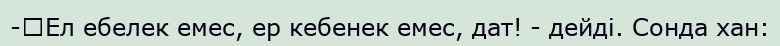
-	Ел ебелек емес, ер кебенек емес, дат! - дейді. Сонда хан: